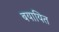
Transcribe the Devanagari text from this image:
बयायित